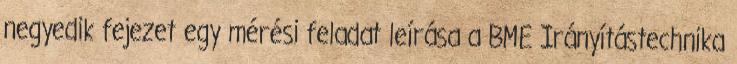
negyedik fejezet egy mérési feladat leírása a BME Irányítástechnika